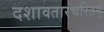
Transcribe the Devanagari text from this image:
दशावतारचरितम्